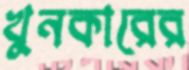
খুনকারের